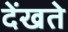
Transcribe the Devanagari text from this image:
देंखते